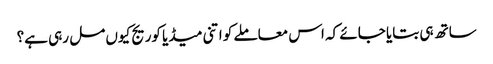
ساتھ ہی بتایا جائے کہ اس معاملے کو اتنی میڈیا کوریج کیوں مل رہی ہے؟